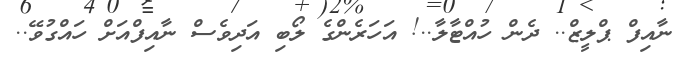
ނާއިފް ޕްލީޒް.. ދެން ހުއްޓާލާ..! އަހަރެންގެ ލޯބި އަދިވެސް ނާއިފްއަށް ހައްގުވޭ..